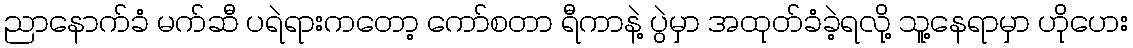
ညာနောက်ခံ မက်ဆီ ပရဲရားကတော့ ကော်စတာ ရီကာနဲ့ ပွဲမှာ အထုတ်ခံခဲ့ရလို့ သူ့နေရာမှာ ဟိုဟေး